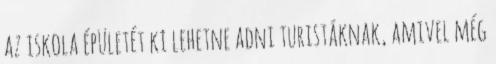
az iskola épületét ki lehetne adni turistáknak, amivel még